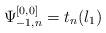
LaTeX: \begin{align*}\Psi_{-1,n}^{[0,0]} = t_n(l_1)\end{align*}